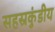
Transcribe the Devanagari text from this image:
सहस्रकुंडीय